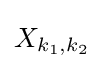
X_{k_{1},k_{2}}